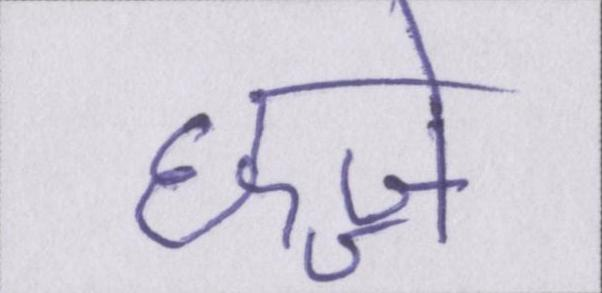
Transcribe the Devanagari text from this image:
छज्जे